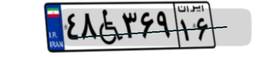
۴۸W۳۶۹۱۶